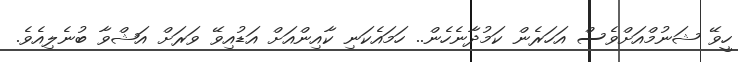
ހީވޭ ޝަނުމްއަށްވެސް އަހަރެން ކަމުދާނެހެން.. ހަމައެކަނި ކާއިންއަށް އަޑުއިވޭ ވަރަށް އަޝްވާ ބުނެލިއެވެ.